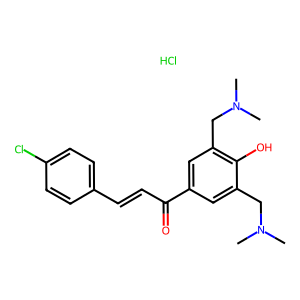
SMILES: CN(C)Cc1cc(C(=O)C=Cc2ccc(Cl)cc2)cc(CN(C)C)c1O.Cl
Inhibits HIV replication: No